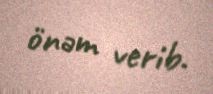
önəm verib.